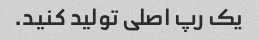
یک رپ اصلی تولید کنید.